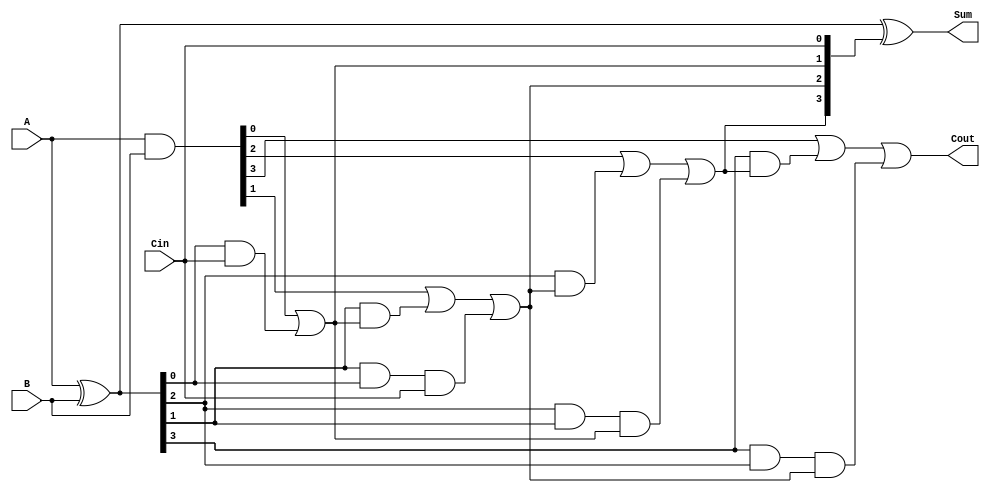
module RCLA #(parameter n = 4) (
    input  [n-1:0] A,      // First n-bit input
    input  [n-1:0] B,      // Second n-bit input
    input          Cin,     // Carry-in
    output [n-1:0] Sum,     // n-bit Sum output
    output         Cout      // Carry-out
);

    // Generate and Propagate signals
    wire [n-1:0] G; // Generate signals
    wire [n-1:0] P; // Propagate signals
    wire [n:0] C;   // Carry signals

    // Generate and Propagate Logic
    assign G = A & B;       // G[i] = A[i] & B[i]
    assign P = A ^ B;       // P[i] = A[i] ^ B[i]

    // Carry Generation Logic
    assign C[0] = Cin; // C[0] = Cin
    genvar i;
    generate
        for (i = 0; i < n; i = i + 1) begin : carry_gen
            if (i == 0) begin
                assign C[i + 1] = G[i] | (P[i] & C[i]); // C[1] = G[0] | (P[0] & Cin)
            end else begin
                assign C[i + 1] = G[i] | (P[i] & C[i]) | (P[i] & P[i-1] & C[i-1]); // General case
            end
        end
    endgenerate

    // Sum Calculation
    assign Sum = P ^ C[n-1:0]; // Sum[i] = P[i] ^ C[i]

    // Carry-out
    assign Cout = C[n]; // Cout = C[n]

endmodule